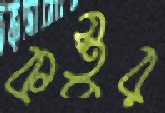
কস্তুর